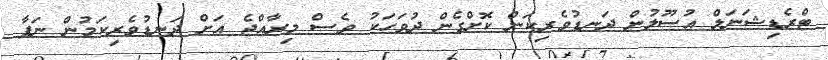
ޓްރެޑިޝަނަލް އުސޫލުން ދަނޑުވެރިކަން ކޮށްގެން ދުވަހަކު ވެސް މިރާއްޖެ އަށް ދަނޑުވެރިކަމުން ނަފާ